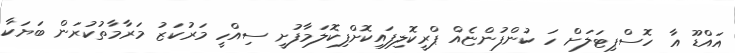
އައްޑޫ އާ ހޮސްޕިޓަލަށް ހަ ކުންފުންޏެއް ޕްރީކޮލިފައިކޮށްފިކޮލަމާފުށީ ސިއްހީ މަރުކަޒު މަރާމާތުކުރަން ބަޔަކާ